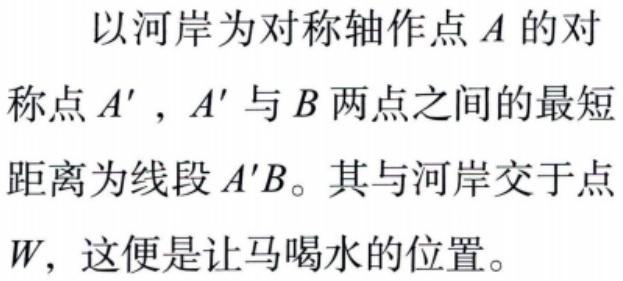
以河岸为对称轴作点\(A\)的对称点\(A'\)，\(A'\)与\(B\)两点之间的最短距离为线段\(A'B\)。其与河岸交于点\(W\)，这便是让马喝水的位置。